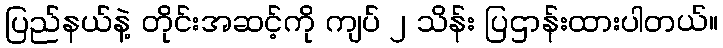
ပြည်နယ်နဲ့ တိုင်းအဆင့်ကို ကျပ် ၂ သိန်း ပြဌာန်းထားပါတယ်။